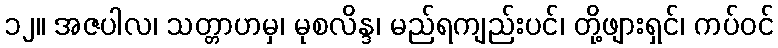
၁၂။ အဇပါလ၊ သတ္တာဟမှ၊ မုစလိန္ဒ၊ မည်ရကျည်းပင်၊ တို့ဖျားရှင်၊ ကပ်ဝင်